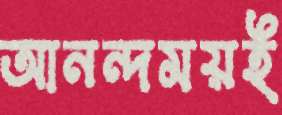
আনন্দময়ই